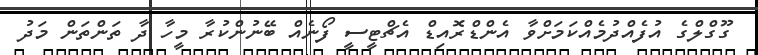
ގޫގްލްގެ އުފެއްދުމެއްކަމަށްވާ އެންޑްރޮއިޑް އެޗްޓީސީ ފޯނެއް ބޭނުންކުރާ މީހާ ދާ ތަންތަން މަދު